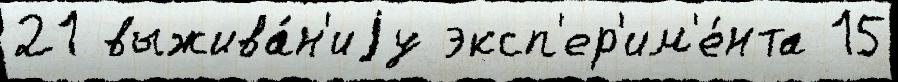
21 выжива́н'иjу эксп'ер'им'е́нта 15